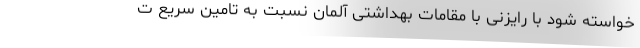
خواسته شود با رایزنی با مقامات بهداشتی آلمان نسبت به تامین سریع ت